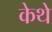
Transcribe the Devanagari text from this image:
केथे